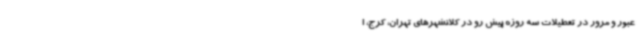
عبور و مرور در تعطیلات سه روزه پیش رو در کلانشهرهای تهران، کرج، ا